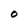
Character: O